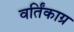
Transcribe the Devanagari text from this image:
वर्तिंकाग्र